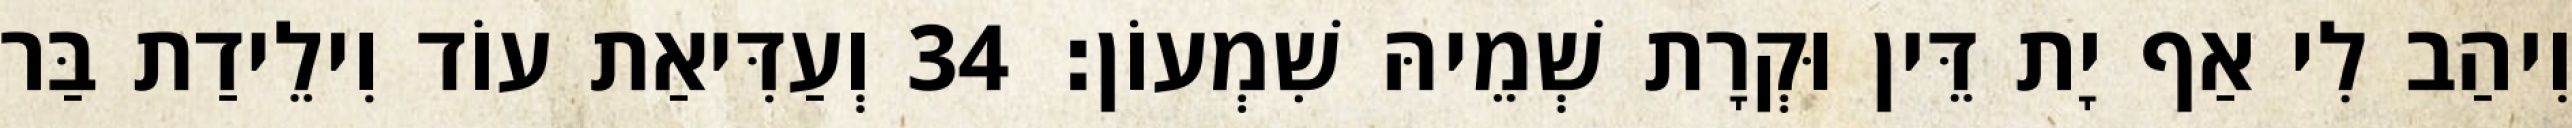
וִיהַב לִי אַף יָת דֵּין וּקְרָת שְׁמֵיהּ שִׁמְעוֹן׃ 34 וְעַדִּיאַת עוֹד וִילֵידַת בַּר